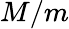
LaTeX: M/m